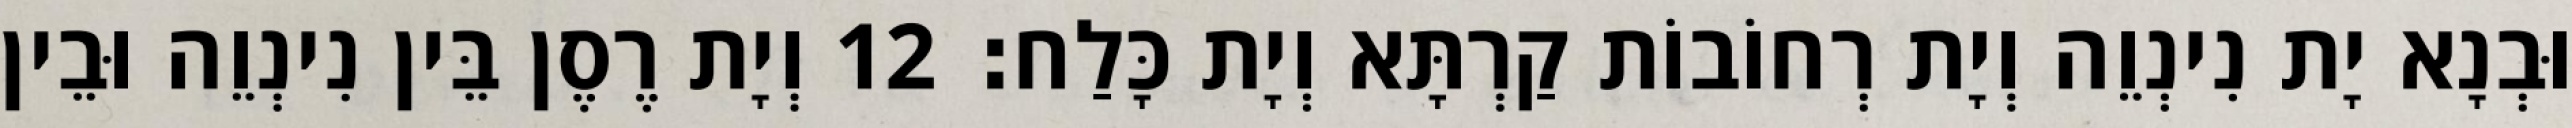
וּבְנָא יָת נִינְוֵה וְיָת רְחוֹבוֹת קַרְתָּא וְיָת כָּלַח׃ 12 וְיָת רֶסֶן בֵּין נִינְוֵה וּבֵין